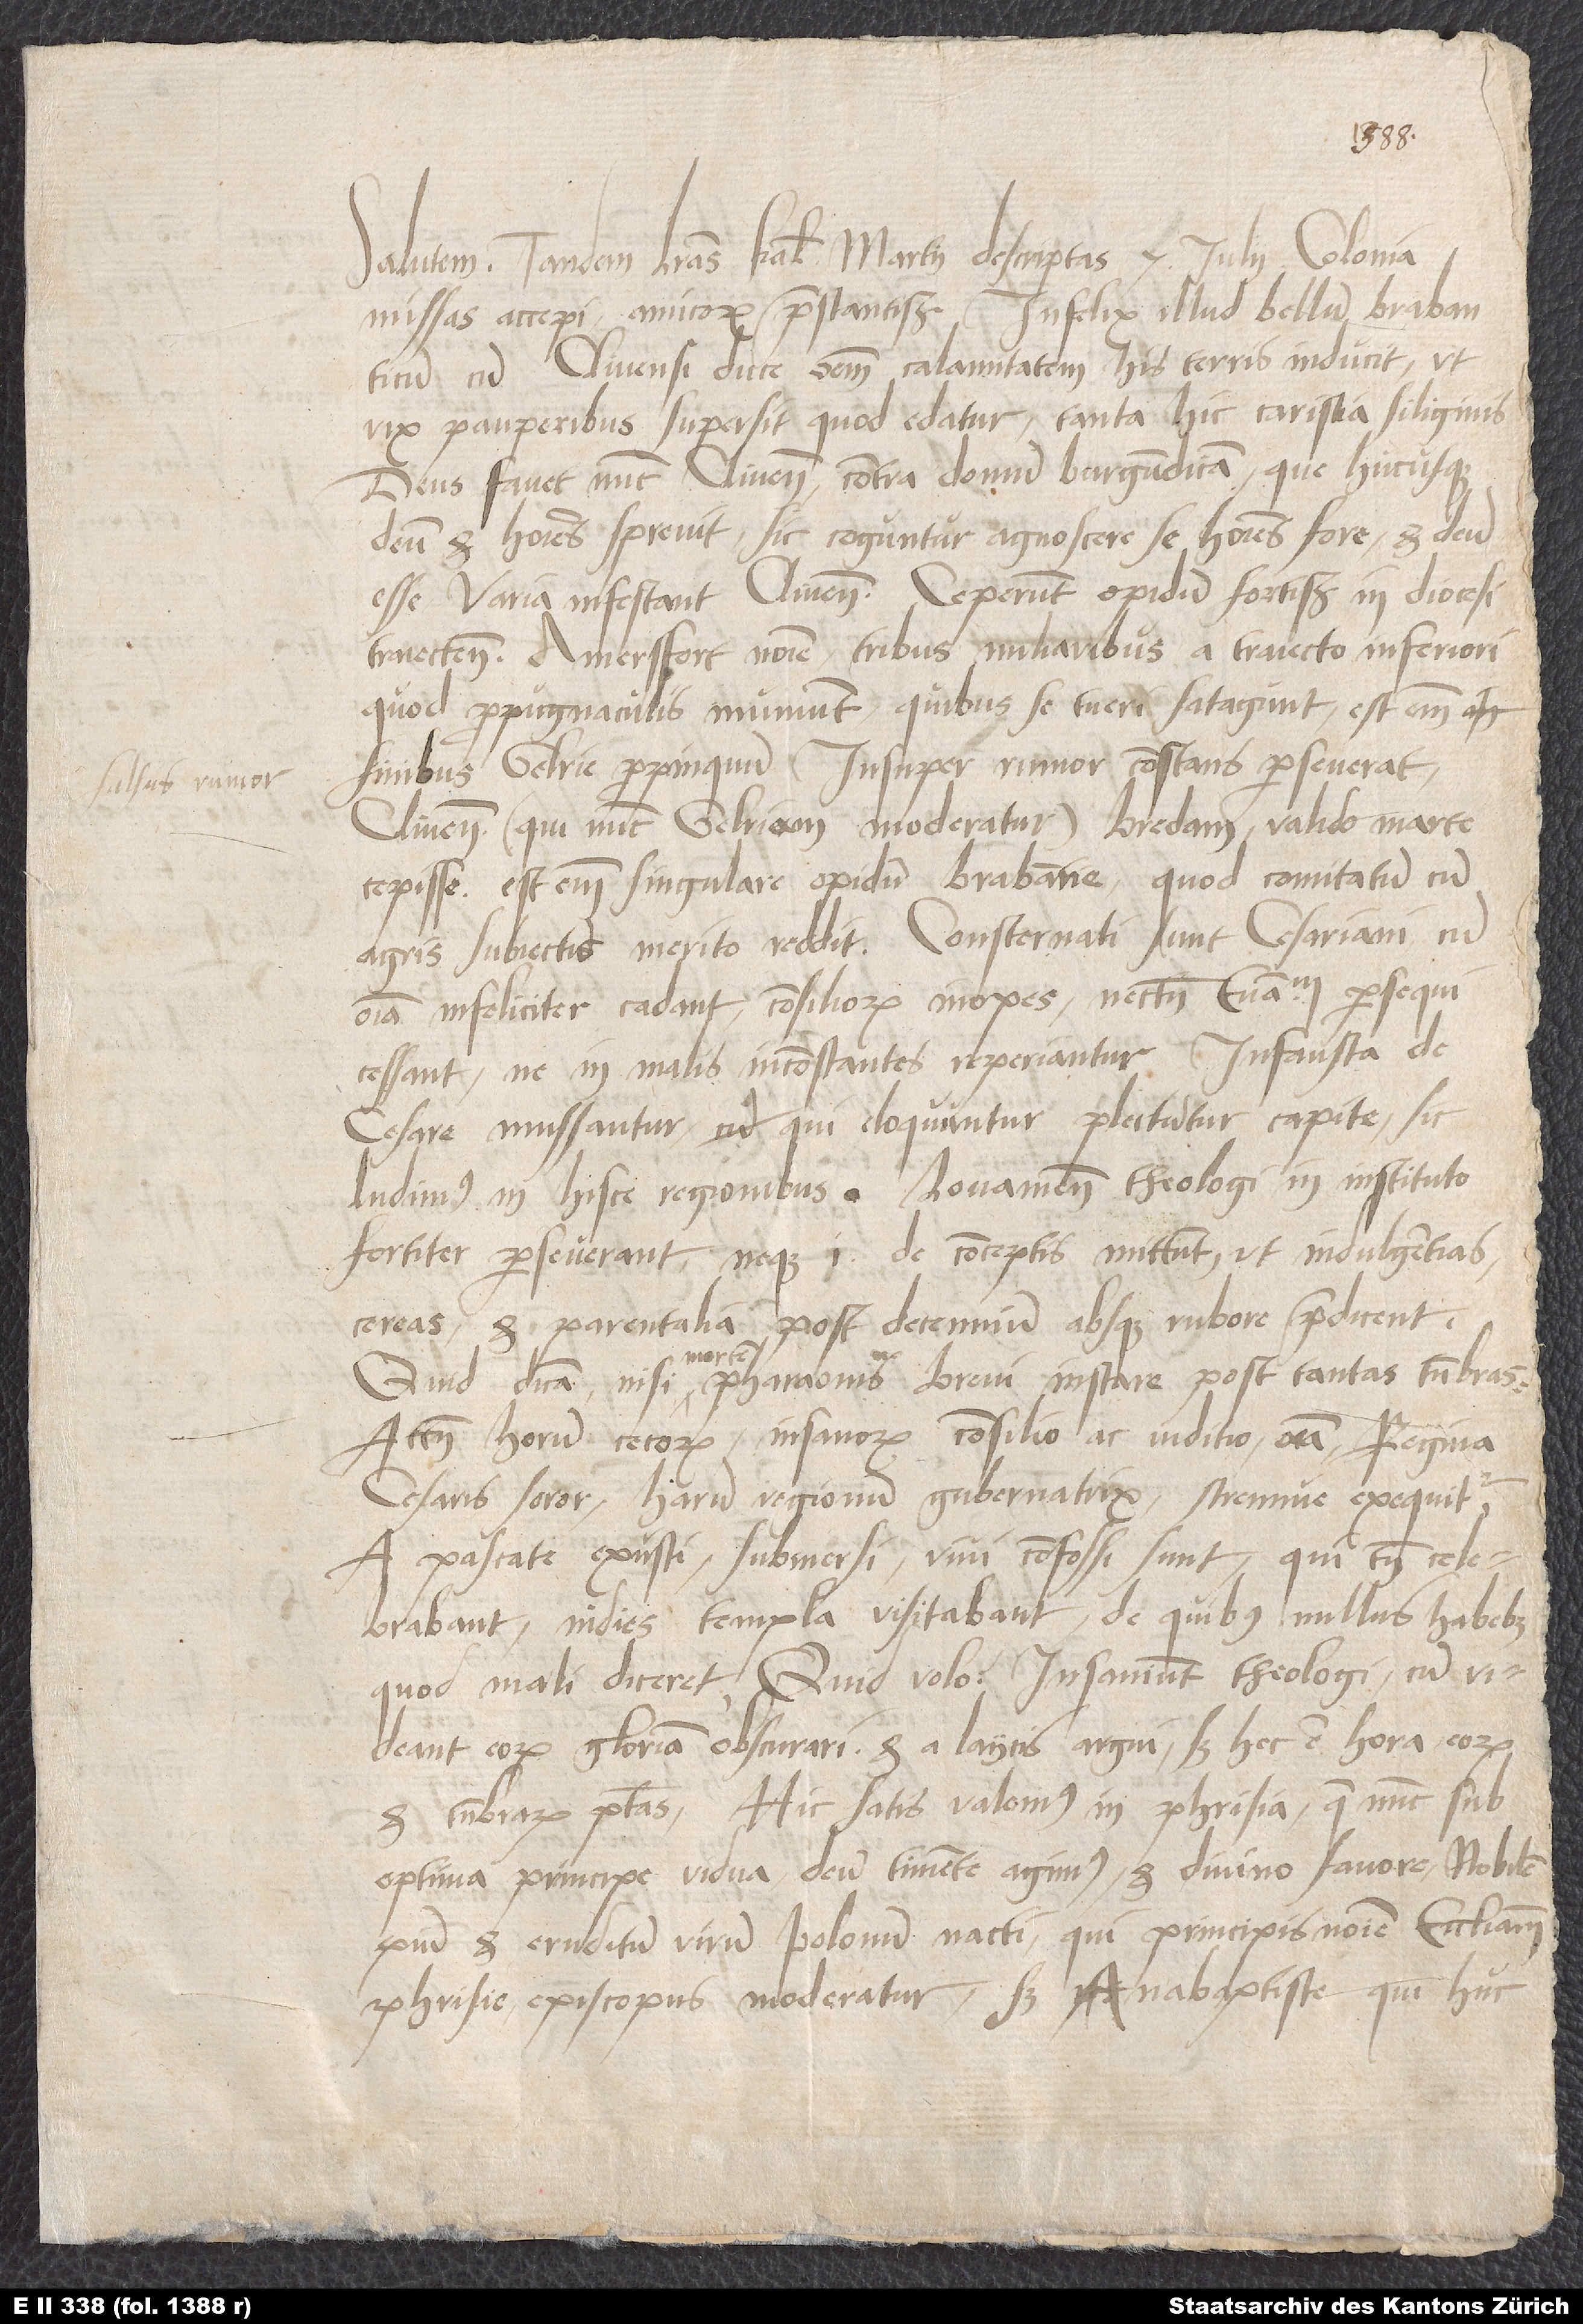
1543.
Salutem. Tandem literas kalendis martii descriptas 7. iulii Colonia
missas accepi, amicorum praestantissime. Infelix illud bellum Brabanticum
cum Clivensi duce omnem calamitatem his terris inducit, ut
vix pauperibus supersit, quod edatur; tanta hic caristia siliginis.
cereas et parentalia post decennium absque rubore praedicent.
Quid dicam, nisi mortem Pharaonis brevi instare post tantas tenebras?
Attamen horum cecorum, insanorum consilio ac iuditio omnia regina,
cesaris soror, harum regionum gubernatrix, strenue exequitur.
A pascate exusti, submersi, vivi confossi sunt, qui tamen celebrabant,
indies templa visitabant, de quibus nullus habebat,
quod mali diceret. Quid volo? Insaniunt theologi, cum videant
eorum gloriam obscurari et a laycis argui; sed hec est hora eorum
et tenebrarum potestas. Hic satis valemus in Phrisia, quae nunc sub
optima principe vidua deum timente agimus et divino favore nobilem,
pium et eruditum virum Polonum nacti, qui principis nomine ecclesiam
Phrisie episcopus moderatur; sed anabaptiste, qui huc